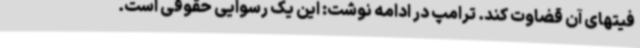
فیتهای آن قضاوت کند. ترامپ در ادامه نوشت: این یک رسوایی حقوقی است.